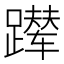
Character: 𬧑